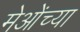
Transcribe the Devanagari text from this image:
मेओंच्या